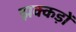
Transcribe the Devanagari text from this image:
झक्कड़ों